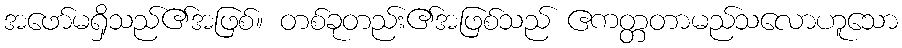
အဖော်မရှိသည်၏အဖြစ်။ တစ်ခုတည်း၏အဖြစ်သည် ဧကတ္တတာမည်သလောဟူသော